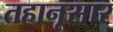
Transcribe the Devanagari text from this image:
तहानूसार